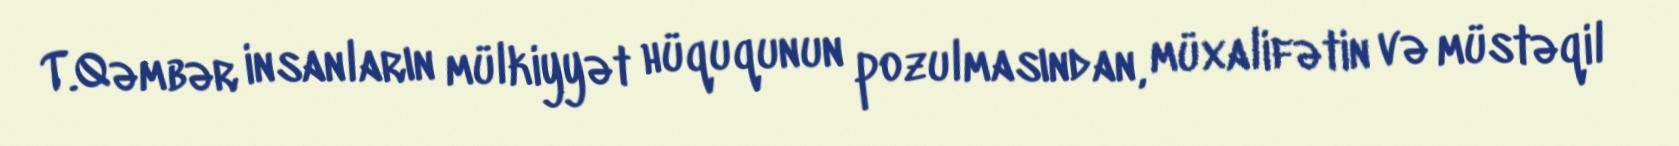
T.Qəmbər insanların mülkiyyət hüququnun pozulmasından, müxalifətin və müstəqil